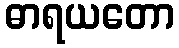
ဓာရယတော